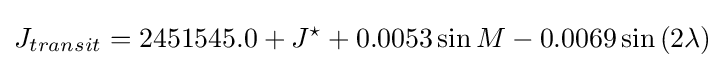
J_{transit}=2451545.0+J^{\star }+0.0053\sin M-0.0069\sin \left(2\lambda \right)